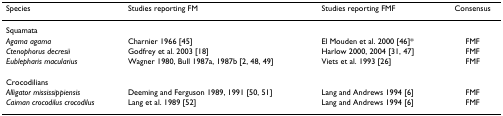
<table><thead><tr><td><b>Species</b></td><td><b>Studies reporting FM</b></td><td><b>Studies reporting FMF</b></td><td><b>Consensus</b></td></tr></thead><tbody><tr><td>Squamata</td><td></td><td></td><td></td></tr><tr><td><i>Agama agama</i></td><td>Charnier 1966 [45]</td><td>El Mouden et al. 2000 [46]*</td><td>FMF</td></tr><tr><td><i>Ctenophorus decresii</i></td><td>Godfrey et al. 2003 [18]</td><td>Harlow 2000, 2004 [31, 47]</td><td>FMF</td></tr><tr><td><i>Eublepharis macularius</i></td><td>Wagner 1980, Bull 1987a, 1987b [2, 48, 49]</td><td>Viets et al. 1993 [26]</td><td>FMF</td></tr><tr><td>Crocodilians</td><td></td><td></td><td></td></tr><tr><td><i>Alligator mississippiensis</i></td><td>Deeming and Ferguson 1989, 1991 [50, 51]</td><td>Lang and Andrews 1994 [6]</td><td>FMF</td></tr><tr><td><i>Caiman crocodilus crocodilus</i></td><td>Lang et al. 1989 [52]</td><td>Lang and Andrews 1994 [6]</td><td>FMF</td></tr></tbody></table>